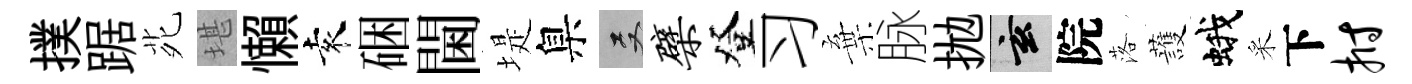
撲踞𫟍堪懶袁硱閫堤臬双檗登习棄脉拋玄院落䕶蛾采下拊